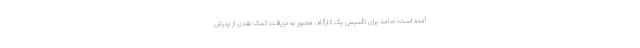
آمده است: حامد برای تأسیس یک کارگاه، مجبور به دریافت کمک نقدی از پدرش